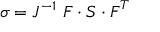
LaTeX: { \boldsymbol { \sigma } } = J ^ { - 1 } ~ { \boldsymbol { F } } \cdot { \boldsymbol { S } } \cdot { \boldsymbol { F } } ^ { T }